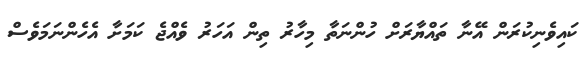
ކައިވެނިކުރަން އޭނާ ތައްޔާރަށް ހުންނަތާ މިހާރު ތިން އަހަރު ވެއްޖެ ކަމަށާ އެހެންނަމަވެސް